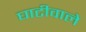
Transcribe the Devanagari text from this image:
घाटीवाले